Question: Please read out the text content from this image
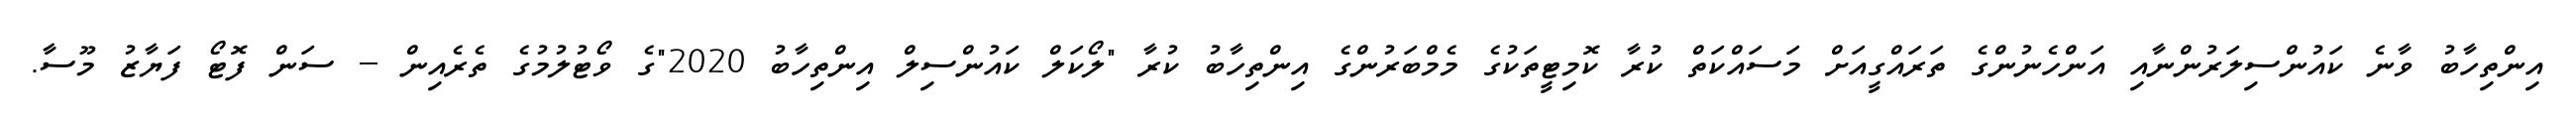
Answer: އިންތިހާބު ވާނެ ކައުންސިލަރުންނާއި އަންހެނުންގެ ތަރައްގީއަށް މަސައްކަތް ކުރާ ކޮމިޓީތަކުގެ މެމްބަރުންގެ އިންތިހާބު ކުރާ "ލޯކަލް ކައުންސިލް އިންތިހާބު 2020"ގެ ވޯޓުލުމުގެ ތެރެއިން -- ސަން ފޮޓޯ ފަޔާޒު މޫސާ.